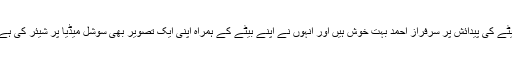
بیٹے کی پیدائش پر سرفراز احمد بہت خوش ہیں اور انہوں نے اپنے بیٹے کے ہمراہ اپنی ایک تصویر بھی سوشل میڈیا پر شیئر کی ہے۔